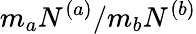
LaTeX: m_{a}N^{(a)}/m_{b}N^{(b)}